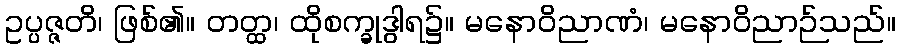
ဥပ္ပဇ္ဇတိ၊ ဖြစ်၏။ တတ္ထ၊ ထိုစက္ခုဒွါရ၌။ မနောဝိညာဏံ၊ မနောဝိညာဉ်သည်။